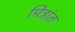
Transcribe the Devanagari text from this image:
मित्रांत